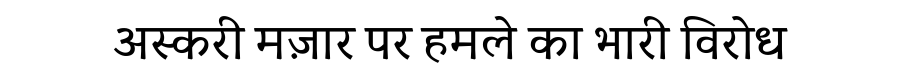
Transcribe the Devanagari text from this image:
अस्करी मज़ार पर हमले का भारी विरोध